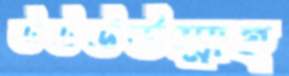
ঊঊউউম্মাহ